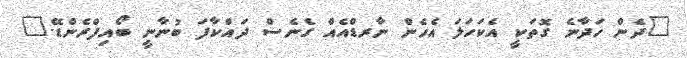
"ދެން ހަދާނެ ގޮތަކީ އެކަހަލަ އެހެން ނާރޑްއެއް ގެނެސް ދައްކާފަ ބުނާނީ ބޯއިފްރެންޑޭ."